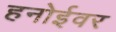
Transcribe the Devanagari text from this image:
हनोईवर